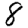
Digit: 8